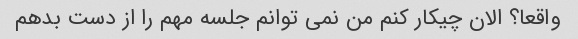
واقعا؟ الان چیکار کنم من نمی توانم جلسه مهم را از دست بدهم